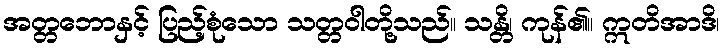
အတ္တဘောနှင့် ပြည့်စုံသော သတ္တဝါတို့သည်။ သန္တိ၊ ကုန်၏။ ဣတိအာဒိ၊